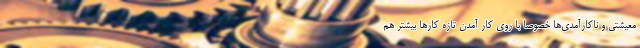
معیشتی و ناکارآمدی‌ها خصوصاً با روی کار آمدن تازه کارها بیشتر هم